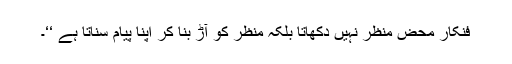
فنکار محض منظر نہیں دکھاتا بلکہ منظر کو آڑ بنا کر اپنا پیام سناتا ہے ‘‘۔